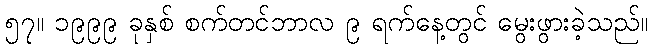
၅၇။ ၁၉၉၉ ခုနှစ် စက်တင်ဘာလ ၉ ရက်နေ့တွင် မွေးဖွားခဲ့သည်။